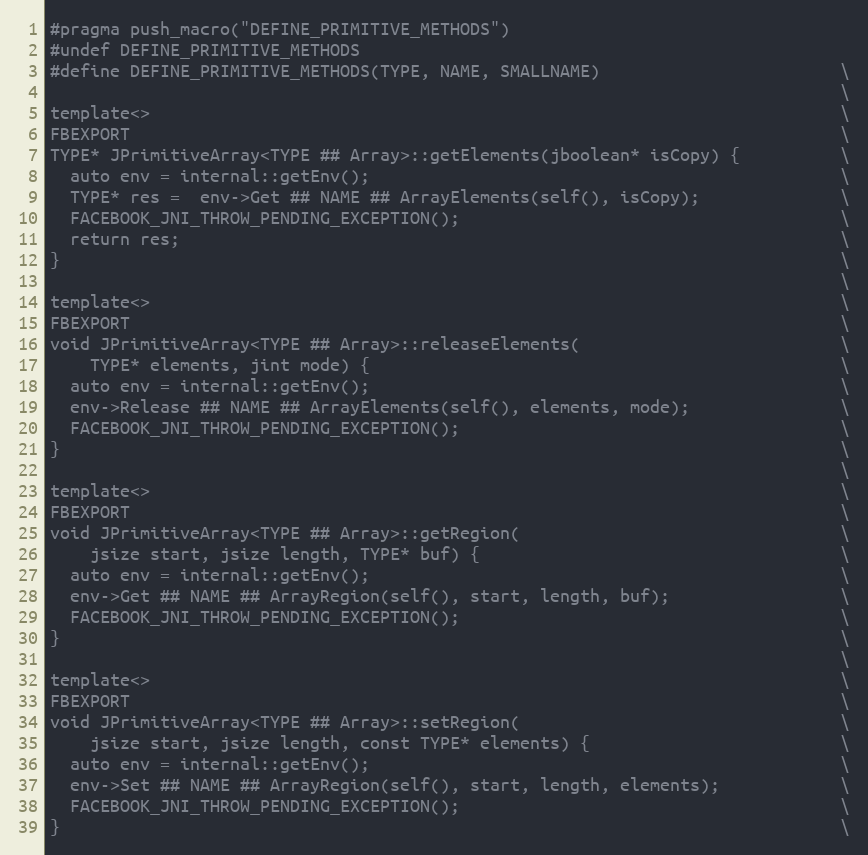
Language: C++
#pragma push_macro("DEFINE_PRIMITIVE_METHODS")
#undef DEFINE_PRIMITIVE_METHODS
#define DEFINE_PRIMITIVE_METHODS(TYPE, NAME, SMALLNAME)                        \
                                                                               \
template<>                                                                     \
FBEXPORT                                                                       \
TYPE* JPrimitiveArray<TYPE ## Array>::getElements(jboolean* isCopy) {          \
  auto env = internal::getEnv();                                               \
  TYPE* res =  env->Get ## NAME ## ArrayElements(self(), isCopy);              \
  FACEBOOK_JNI_THROW_PENDING_EXCEPTION();                                      \
  return res;                                                                  \
}                                                                              \
                                                                               \
template<>                                                                     \
FBEXPORT                                                                       \
void JPrimitiveArray<TYPE ## Array>::releaseElements(                          \
    TYPE* elements, jint mode) {                                               \
  auto env = internal::getEnv();                                               \
  env->Release ## NAME ## ArrayElements(self(), elements, mode);               \
  FACEBOOK_JNI_THROW_PENDING_EXCEPTION();                                      \
}                                                                              \
                                                                               \
template<>                                                                     \
FBEXPORT                                                                       \
void JPrimitiveArray<TYPE ## Array>::getRegion(                                \
    jsize start, jsize length, TYPE* buf) {                                    \
  auto env = internal::getEnv();                                               \
  env->Get ## NAME ## ArrayRegion(self(), start, length, buf);                 \
  FACEBOOK_JNI_THROW_PENDING_EXCEPTION();                                      \
}                                                                              \
                                                                               \
template<>                                                                     \
FBEXPORT                                                                       \
void JPrimitiveArray<TYPE ## Array>::setRegion(                                \
    jsize start, jsize length, const TYPE* elements) {                         \
  auto env = internal::getEnv();                                               \
  env->Set ## NAME ## ArrayRegion(self(), start, length, elements);            \
  FACEBOOK_JNI_THROW_PENDING_EXCEPTION();                                      \
}                                                                              \